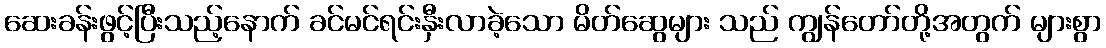
ဆေးခန်းဖွင့်ပြီးသည့်နောက် ခင်မင်ရင်းနှီးလာခဲ့သော မိတ်ဆွေများ သည် ကျွန်တော်တို့အတွက် များစွာ